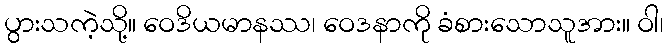
ပွားသကဲ့သို့။ ဝေဒိယမာနဿ၊ ဝေဒနာကို ခံစားသောသူအား။ ဝါ၊